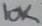
Text: 10K